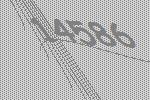
14586